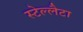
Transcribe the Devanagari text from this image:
स्टेल्लैटा